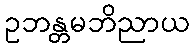
ဥဘန္တမဘိညာယ